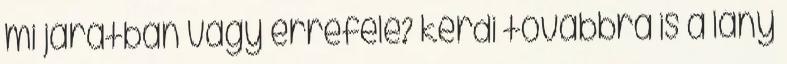
mi járatban vagy errefelé? kérdi továbbra is a lány